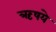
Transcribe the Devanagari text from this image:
ऋषये